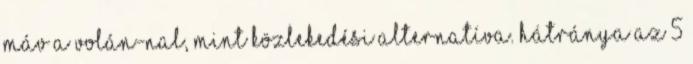
MÁV a VOLÁN-nal, mint közlekedési alternatíva. Hátránya az 5